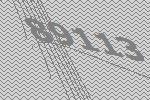
89113